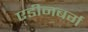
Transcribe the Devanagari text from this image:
एडीनबर्ग